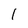
Character: 1